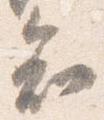
知